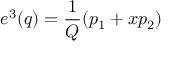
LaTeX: e ^ { 3 } ( q ) = { \frac { 1 } { Q } } ( p _ { 1 } + x p _ { 2 } )